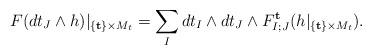
LaTeX: \begin{align*}F(dt_{J} \wedge h)\vert_{\{{\bf t}\} \times M_t}=\sum_{I} dt_I \wedge dt_{J}\wedge F^{\bf t}_{I;J}(h\vert_{{\{{\bf t}\}} \times M_t}).\end{align*}